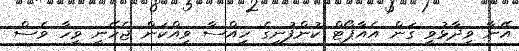
އޭނާ ވިދާޅުވީ ގަން އެއާޕޯޓް ކުންފުނީގެ ހިއްސާ ވިއްކަން ޖެހޭނީ ވީހާ ވެސް